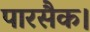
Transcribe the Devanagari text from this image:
पारसैक।